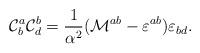
LaTeX: \begin{align*} {\cal C}^a_b {\cal C}^b_d =\frac{1}{\alpha^2}({\cal M}^{ab}-\varepsilon^{ab})\varepsilon_{bd}.\end{align*}